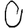
Digit: 0